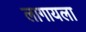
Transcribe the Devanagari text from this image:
लागायला